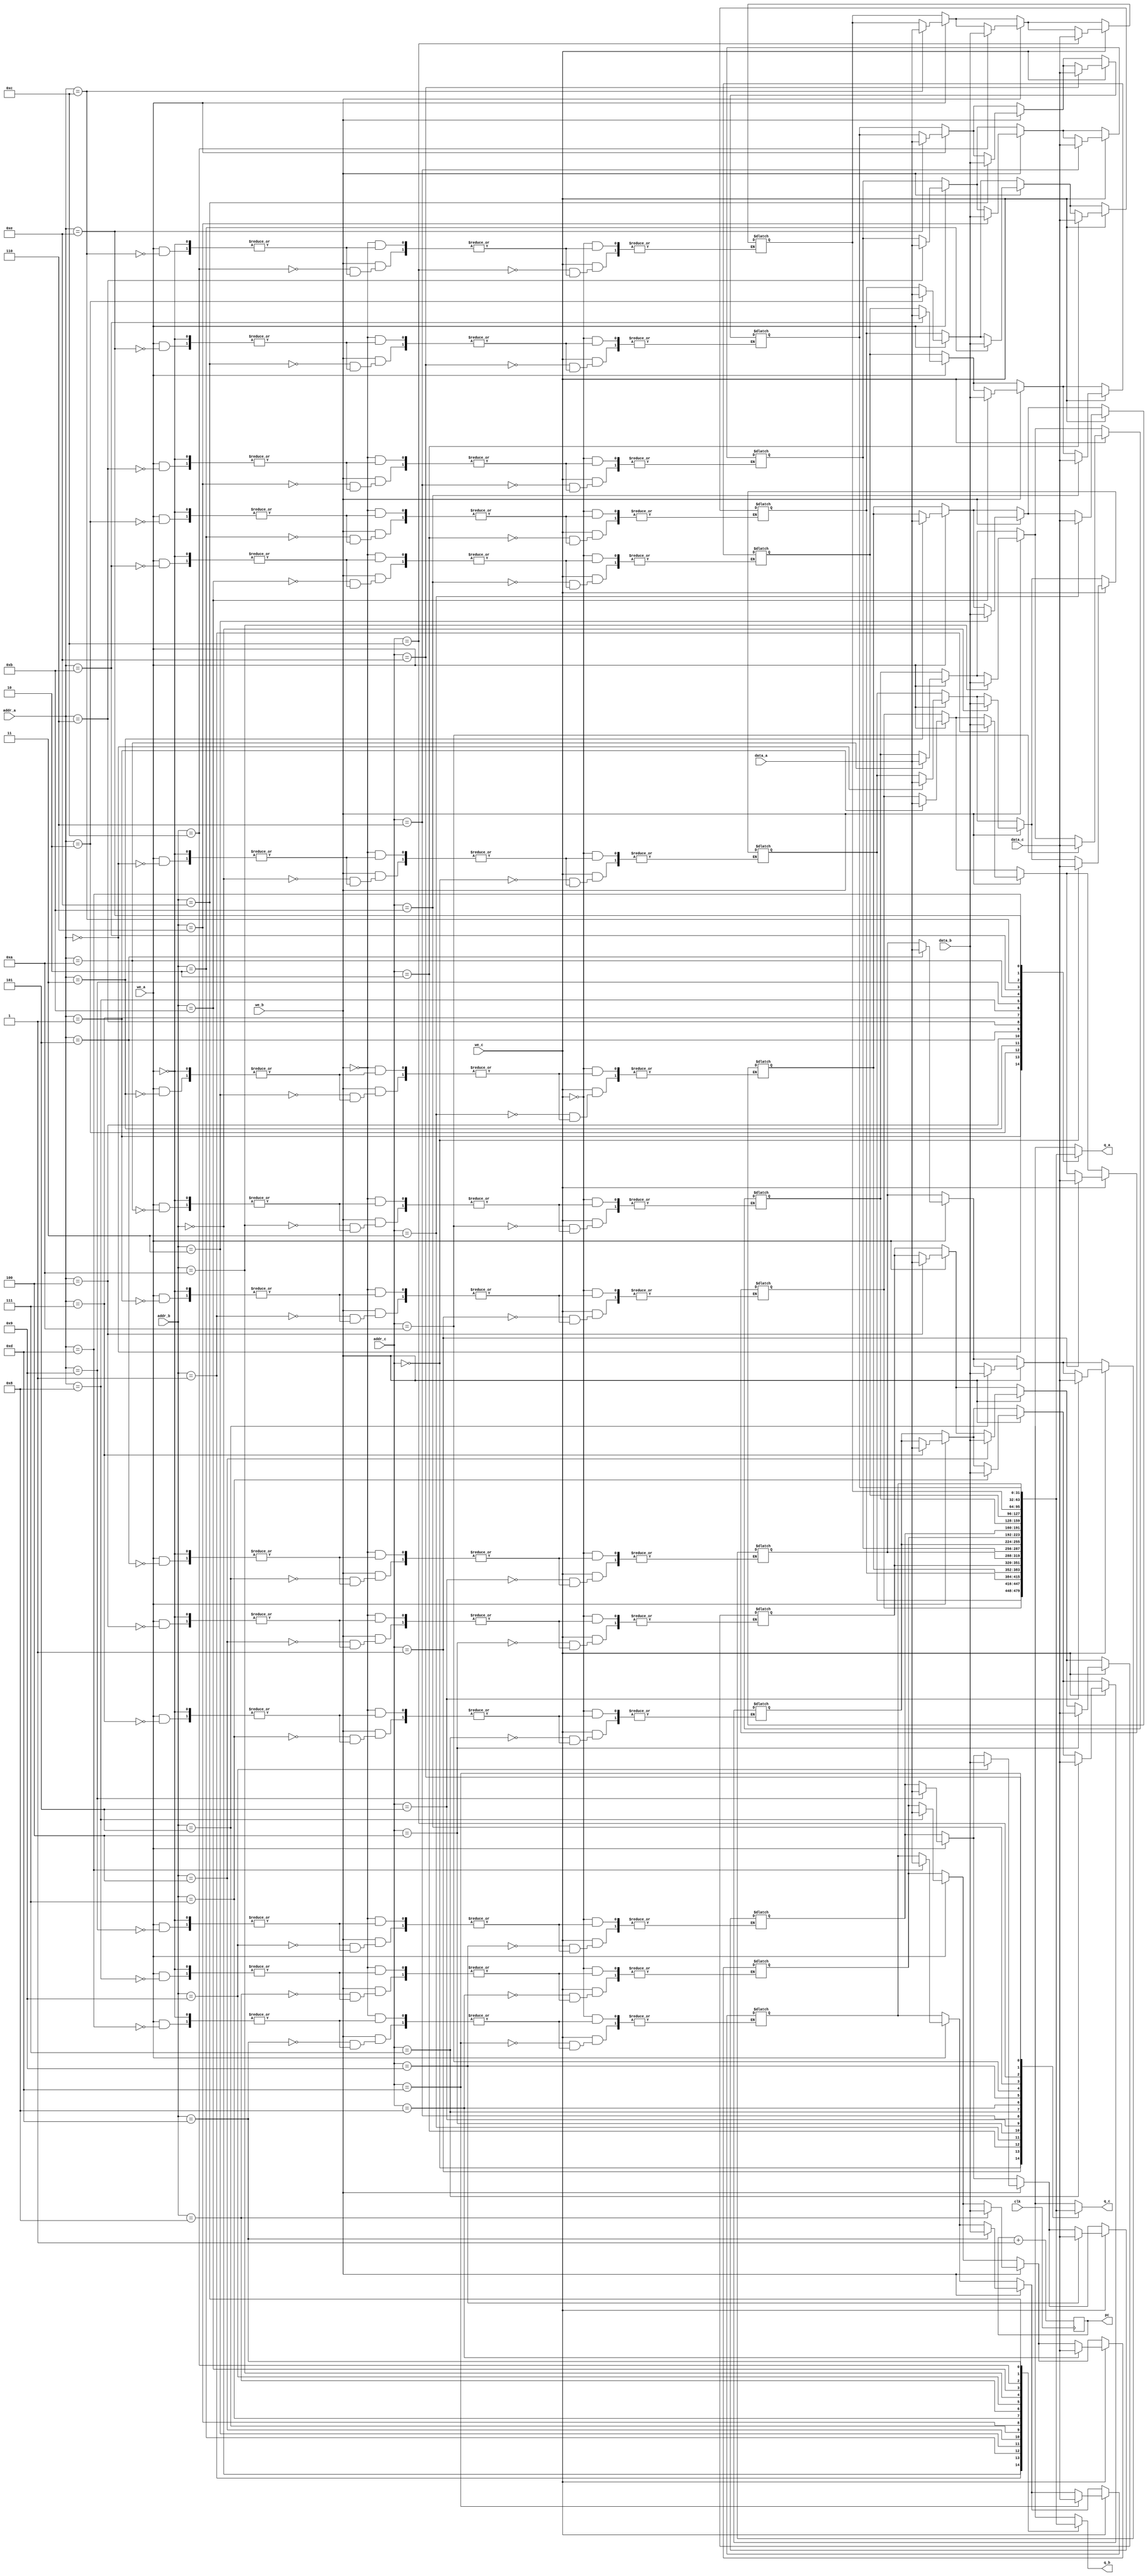
module RegFile(
	input [3:0] addr_a,addr_b,addr_c,
	input [31:0] data_a,data_b,data_c,
	input we_a,we_b,we_c,
	input clk,
	output reg [31:0] q_a,q_b,q_c,
	output [31:0] pc
	);

	reg [31:0] regs[14:0];
	reg [31:0] pcReg = 0;
	
	assign pc = pcReg;
	
	always @(*) begin
		
		if(we_a) begin
			regs[addr_a] <= data_a;
		end
		if(we_b) begin
			regs[addr_b] <= data_b;
		end
		if(we_c) begin
			regs[addr_c] <= data_c;
		end
		
		q_a <= regs[addr_a];
		q_b <= regs[addr_b];
		q_c <= regs[addr_c];
				
	end
	
	always @(posedge clk) begin
		pcReg = pcReg + 1;
	end
	
	integer i;
	
	initial begin
		for(i = 0;i< 15;i = i+1)
			regs[i] = 0;
	end
	
endmodule